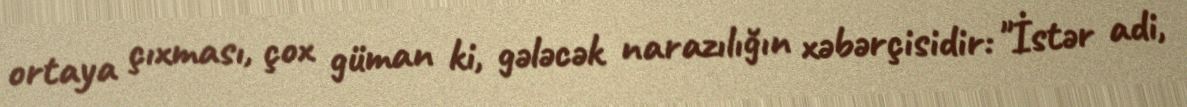
ortaya çıxması, çox güman ki, gələcək narazılığın xəbərçisidir: "İstər adi,